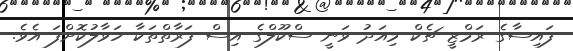
ފައިސާގެ ރަމްޒީ ޗެކް މިއަދު ވަނީ ސްކޫލްގެ އިސް ފަރާތްތަކާ ހަވާލުކޮށްފަ އެވެ.